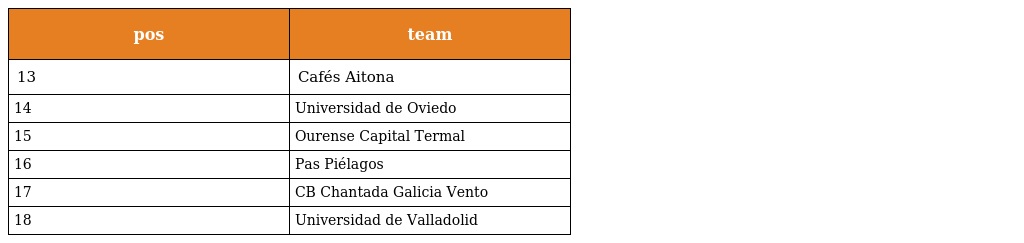
| pos | team |
 | --- | --- |
 | 13 | Cafés Aitona |
 | 14 | Universidad de Oviedo |
 | 15 | Ourense Capital Termal |
 | 16 | Pas Piélagos |
 | 17 | CB Chantada Galicia Vento |
 | 18 | Universidad de Valladolid |